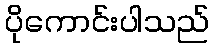
ပိုကောင်းပါသည်